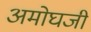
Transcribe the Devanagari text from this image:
अमोघजी